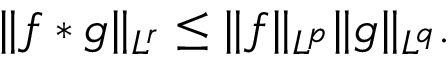
\| f \ast g \| _ { L ^ { r } } \leq \| f \| _ { L ^ { p } } \| g \| _ { L ^ { q } } .